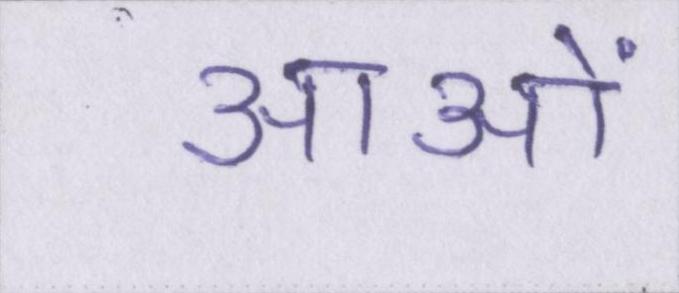
आओं